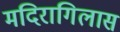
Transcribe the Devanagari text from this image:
मदिरागिलास